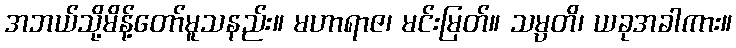
အဘယ်သို့မိန့်တော်မူသနည်း။ မဟာရာဇ၊ မင်းမြတ်။ သမ္ပတိ၊ ယခုအခါကား။